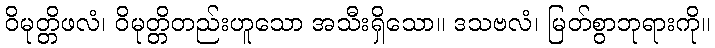
ဝိမုတ္တိဖလံ၊ ဝိမုတ္တိတည်းဟူသော အသီးရှိသော။ ဒသဗလံ၊ မြတ်စွာဘုရားကို။